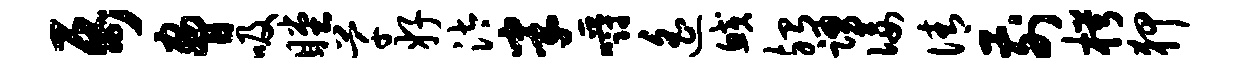
属胁吸瞠芊好汰半嚼遥鲛殆踊佞倩前枵狎